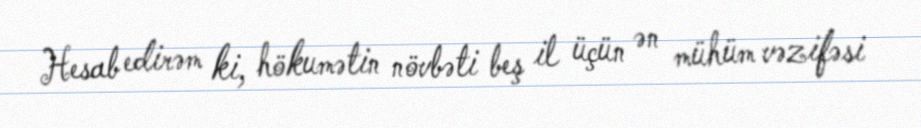
Hesab edirəm ki, hökumətin növbəti beş il üçün ən mühüm vəzifəsi